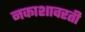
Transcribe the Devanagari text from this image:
नकाशावरती